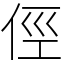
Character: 俓